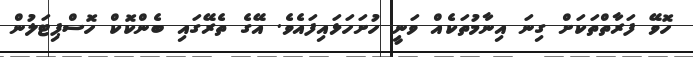
ހޮވޭ ފަރާތްތަކަށް ގިނަ އިނާމުތަކެއް ވަނީ ހުށަހަޅައިފައެވެ. އޭގެ ތެރޭގައި ބެންކޮކް ހޮސްޕިޓަލުން